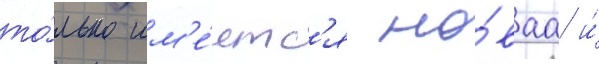
то́лько им'е́етс'я но́ваа и́